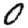
Digit: 0